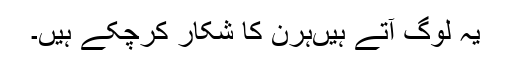
یہ لوگ آتے ہیںہرن کا شکار کرچکے ہیں۔